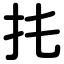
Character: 扥